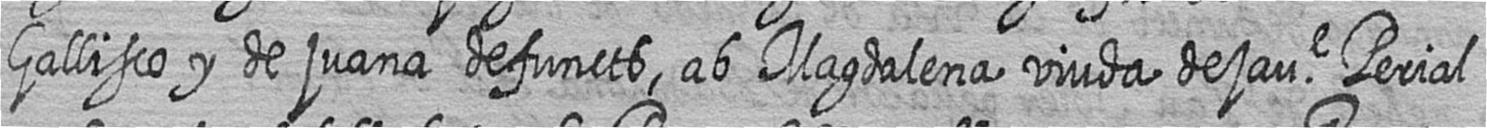
Gallisco y de juana defuncts ab Magdalena viuda de jaue Perial